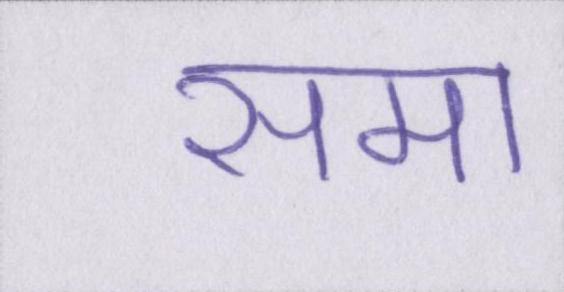
समा